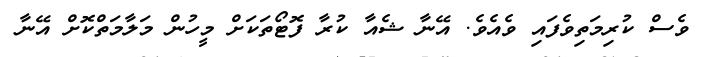
ވެސް ކުރިމަތިވެފައި ވެއެވެ. އޭނާ ޝެއާ ކުރާ ފޮޓޯތަކަށް މީހުން މަލާމަތްކޮށް އޭނާ